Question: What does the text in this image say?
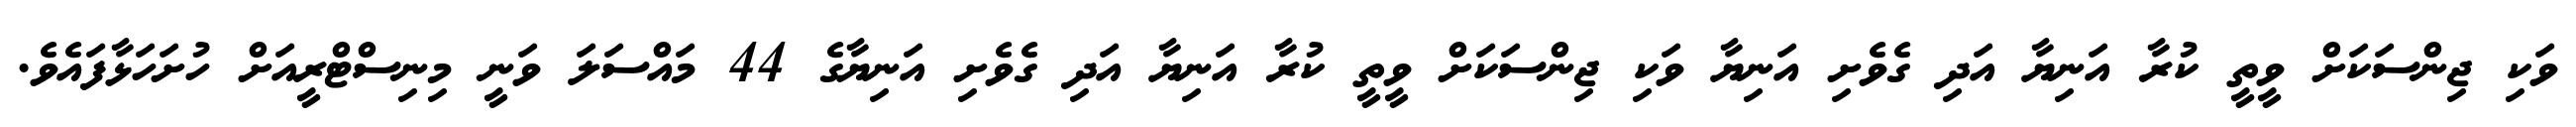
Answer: ވަކި ޖިންސަކަށް ވީތީ ކުރާ އަނިޔާ އަދި ގެވެށި އަނިޔާ ވަކި ޖިންސަކަށް ވީތީ ކުރާ އަނިޔާ އަދި ގެވެށި އަނިޔާގެ 44 މައްސަލަ ވަނީ މިނިސްޓްރީއަށް ހުށަހަޅާފައެވެ.